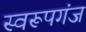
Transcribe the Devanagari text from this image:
स्वरूपगंज